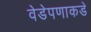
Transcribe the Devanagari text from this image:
वेडेपणाकडे